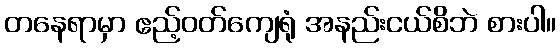
တနေရာမှာ ဧည့်ဝတ်ကျေရုံ အနည်းငယ်စိဘဲ စားပါ။